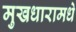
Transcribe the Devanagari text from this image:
मुखधारामधे